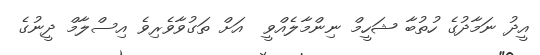
އީދު ނަމާދުގެ ހުތުބާ ޝަހީމް ނިންމާލެއްވީ  އަށް ތަގުވާވެރިވެ އިސްލާމް ދީނުގެ